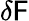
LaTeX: \delta\mathsf{F}